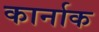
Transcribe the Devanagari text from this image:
कार्नाक